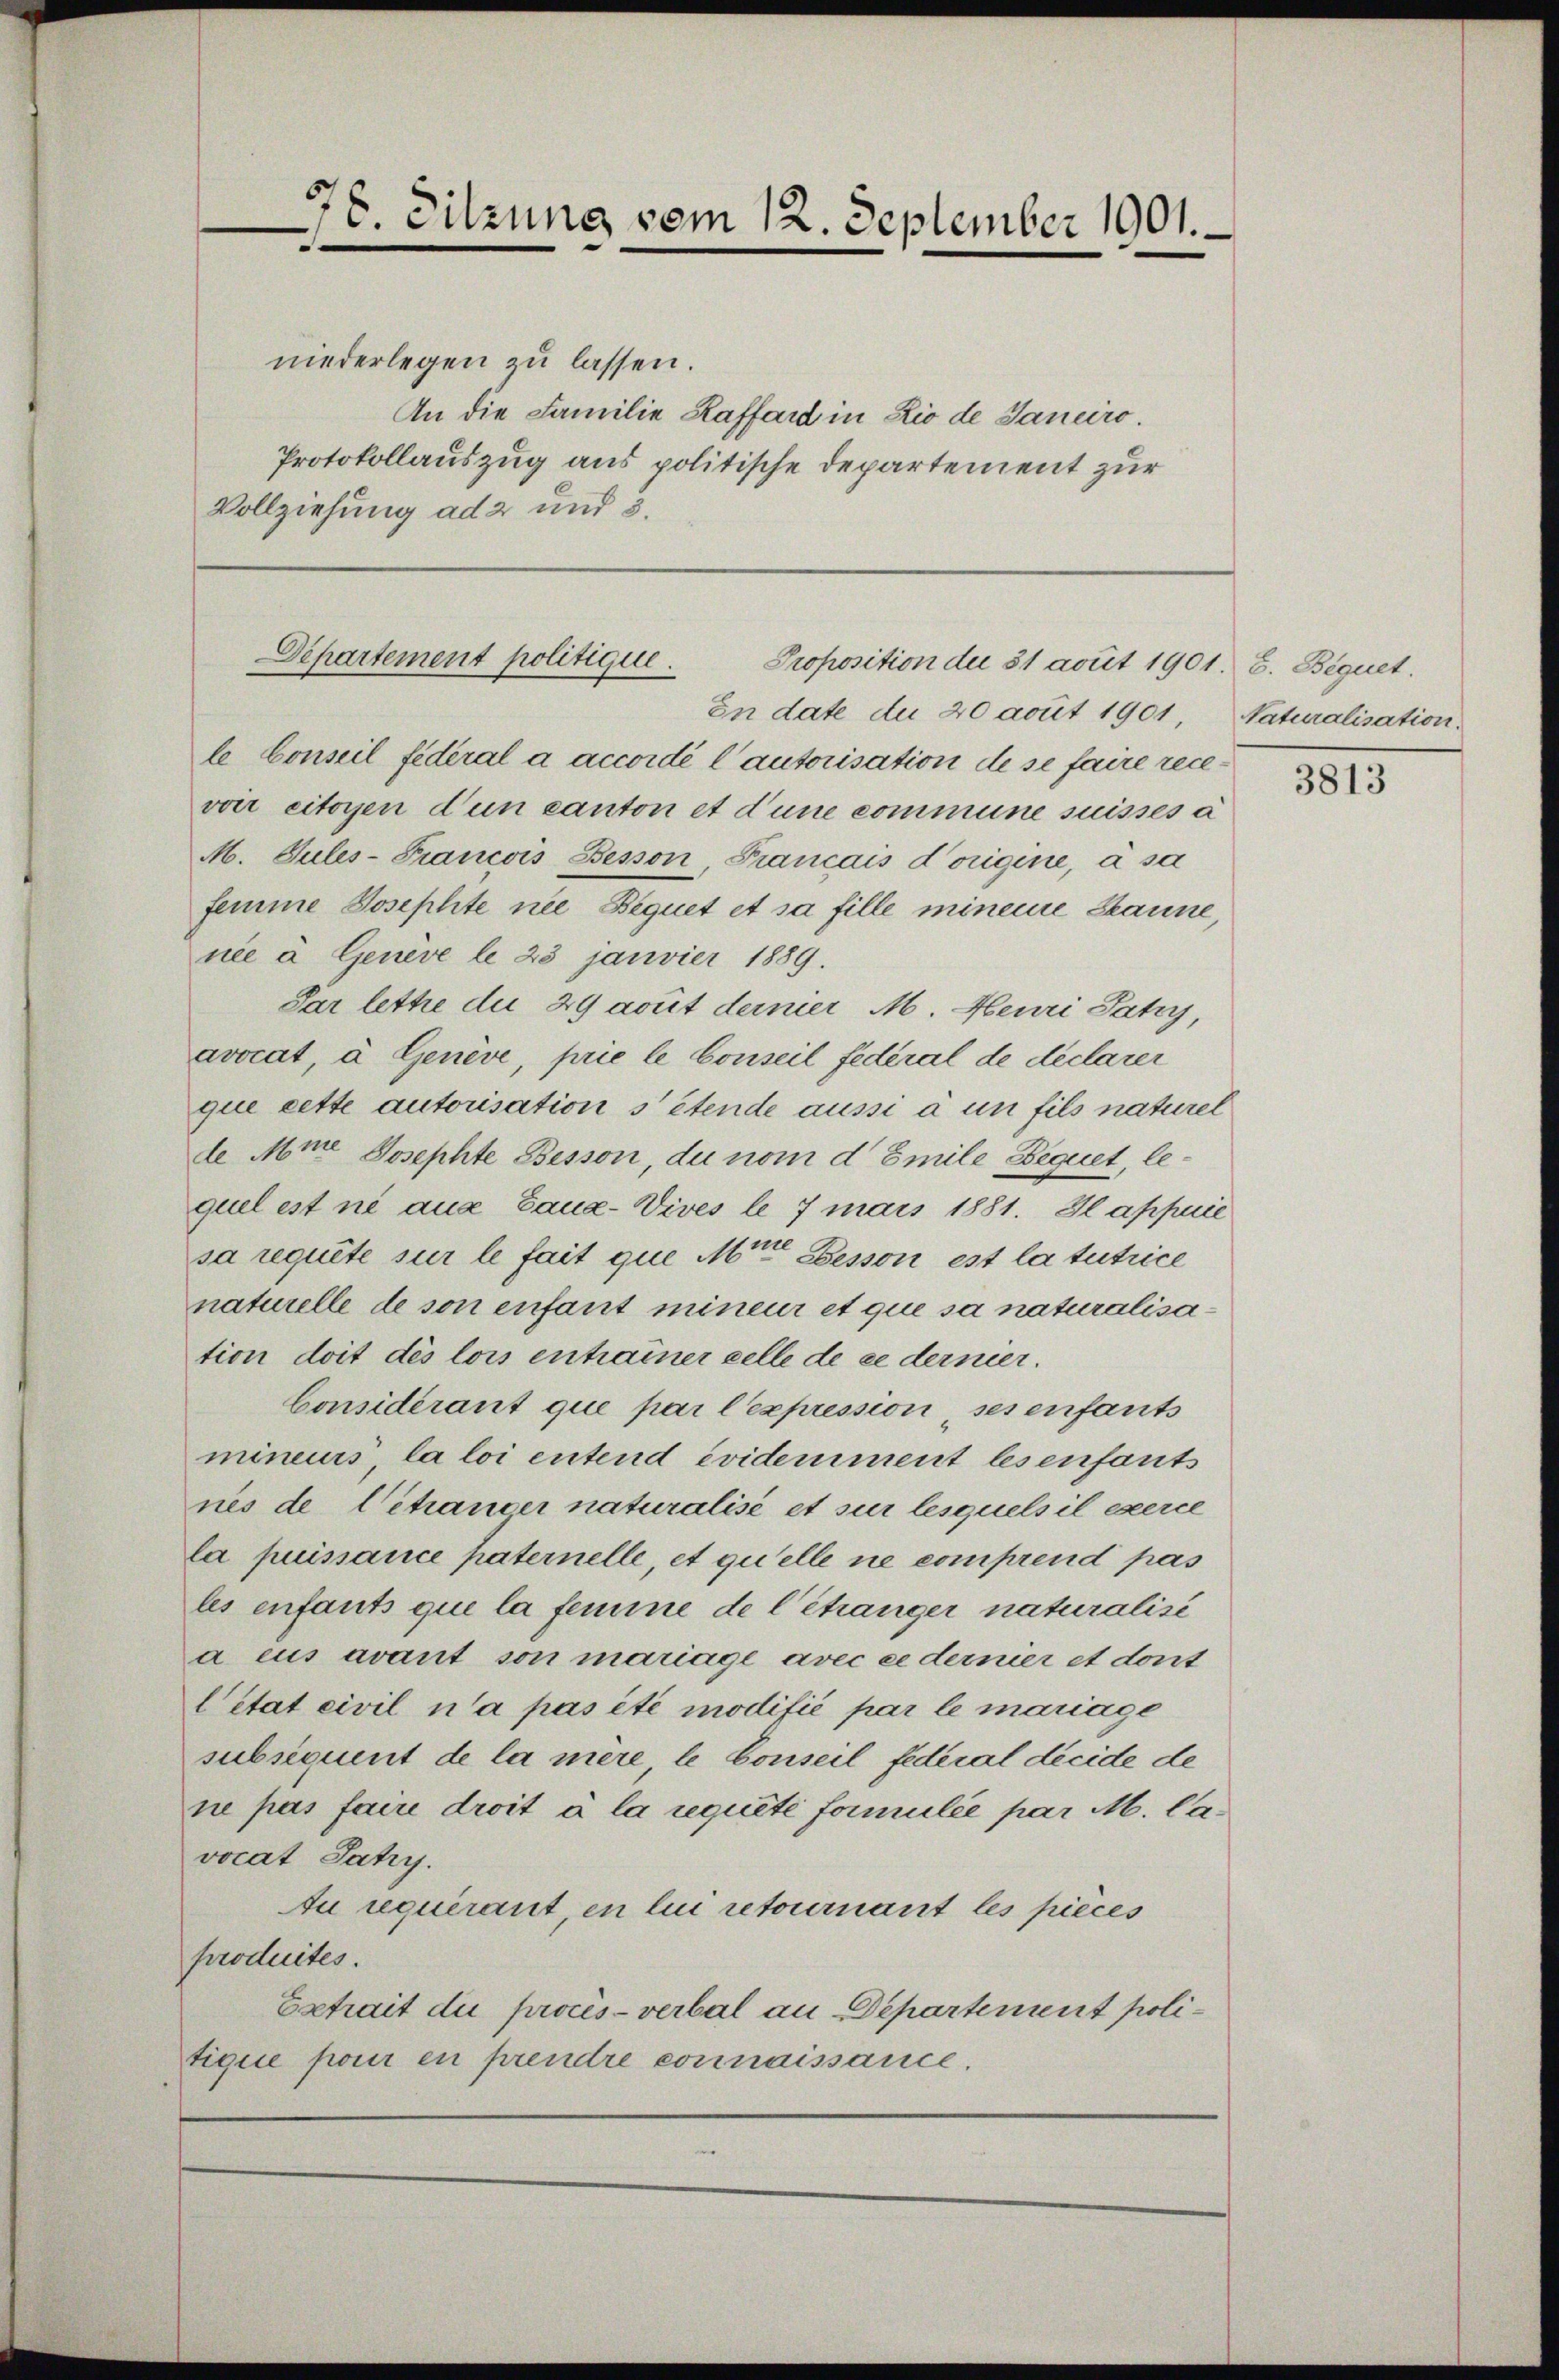
78. Sitzung vom 12. September 1901.
e

Vollziehung ad 2 und 3.

Departement politique.
Proposition der 31 acuit 1901. 6. Bequet

le Conseil fideral a accordé l’autorisation de se faire rece
voir citoyen dun canton et d’une commune suisses a
M. Sules-Francois Besson Francais d’origine, à sa
femme Josephte nie Bequet et sa fille mineue Staune
née à Geneve le 23 janvier 1889
Par lette du 29 acuit dernier M. Heuri Jahry,
avocat, à Genève, prie le Conseil federal de declarer
que cette autorisation s’étende aussi à un fils naturel
de Mine Josephte Besson, du nom d Emile Bequet, lequel est ni aus Eaua-Vives le 7 mars 1881. Il appuie
sa requite sur le fait que Mitte Besson est la tutrice
naturelle de son enfant mineur et que sa naturalisation doit des lois entrainer celle de ce dermer¬
Considérant que par l’expression ses enfants
mineurs la loi entend evidemment les enfants
nis de Getrander naturalisé et sur lesquels il exerce
la puissance paternelle, et quelle ne comprend pas
les enfants que la femme de l’étranger naturalisi
a eus avant son mariage avec ce dernier et dont
Cetat civil n’a pas été modifié par le mariage
subséquent de la mère, le Conseil federal décide de
ne pas faire droit à la requité formulée par M. Cavocat Satzy.
Au requirant, en lui retournant les pieces
produites.
Extrait die procès-verbal an Departement politique pour en prendre connaissance.

niederlegen zu lassen.
An die Familie Raffard in Rio de Janeiro.
Protokollauszug aus politische Departement zur

In date du 20 acuit 1901, Naturalisation.

3813